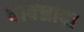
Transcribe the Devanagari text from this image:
बावन्नावा